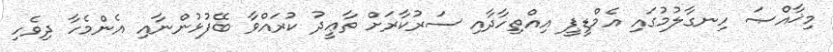
މިޚާއްޞަ ހިނގާލުމުގައި އެމްޑީޕީ އިއްތިހާދާއި ސަރުކާރަށް ތާޢީދު ކުރައްވާ ބޭފުޅުންނާއި އެންމެހާ ދިވެހި